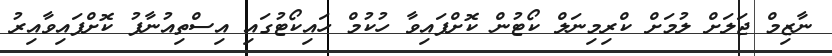
ނާޒިމް ޖަލަށް ލުމަށް ކްރިމިނަލް ކޯޓުން ކޮށްފައިވާ ހުކުމް ހައިކޯޓުގައި އިސްތިއުނާފު ކޮށްފައިވާއިރު